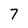
Character: 7